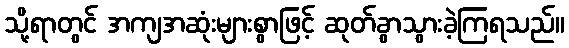
သို့ရာတွင် အကျအဆုံးများစွာဖြင့် ဆုတ်ခွာသွားခဲ့ကြရသည်။